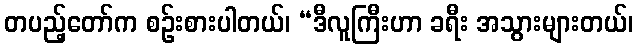
တပည့်တော်က စဉ်းစားပါတယ်၊ “ဒီလူကြီးဟာ ခရီး အသွားများတယ်၊